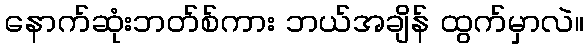
နောက်ဆုံးဘတ်စ်ကား ဘယ်အချိန် ထွက်မှာလဲ။